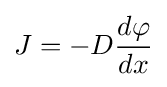
J=-D{\frac {d\varphi }{dx}}